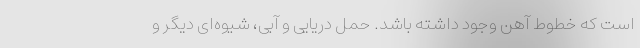
است که خطوط آهن وجود داشته باشد. حمل دریایی و آبی، شیوه‌ای دیگر و